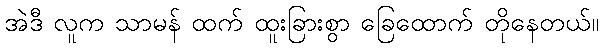
အဲဒီ လူက သာမန် ထက် ထူးခြားစွာ ခြေထောက် တိုနေတယ်။